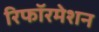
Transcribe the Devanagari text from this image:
रिफॉरमेशन